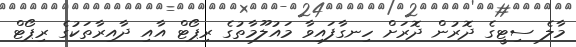
މާލެ ސިޓީގެ ދޮރުން ދޮރަށް ހިނގާފައިވާ މައުލޫމާތުގެ ރިޕޯޓް އާއި ދާއިރާތަކުގެ ރިޕޯޓް